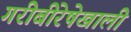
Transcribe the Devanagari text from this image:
गरीबीरेषेखाली